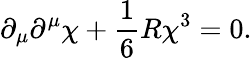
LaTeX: \partial_{\mu}\partial^{\mu}\chi+\frac{1}{6}R\chi^{3}=0.